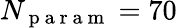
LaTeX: N_{\mathrm{~p~a~r~a~m~}}=70